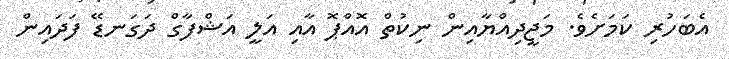
އެބަހުރި ކަމަށެވެ. މަޖީދިއްޔާއިން ނިކުތް އޮއްޕޮ އާއި އަލީ އަޝްފާގް ދަގަނޑޭ ފަދައިން